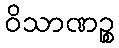
ဝိသာဏဉ္စ